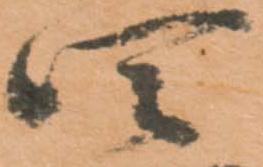
四